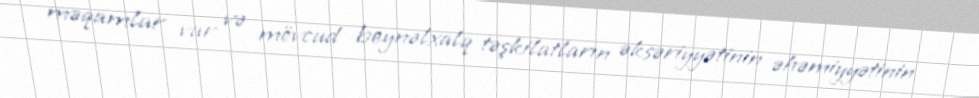
məqamlar var və mövcud beynəlxalq təşkilatların əksəriyyətinin əhəmiyyətinin